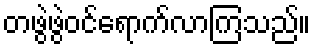
တဖွဲဖွဲဝင်ရောက်လာကြသည်။